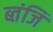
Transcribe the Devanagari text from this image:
ब्तंजि